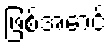
ဖြစ်အောင်